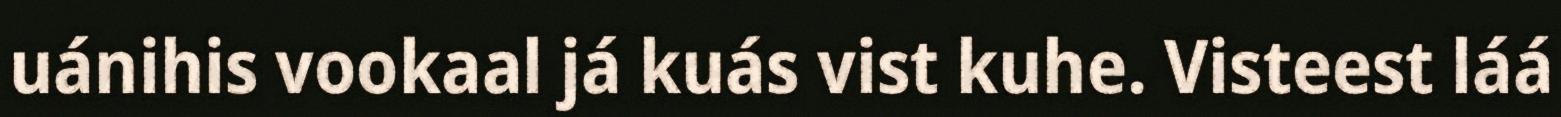
uánihis vookaal já kuás vist kuhe. Visteest láá